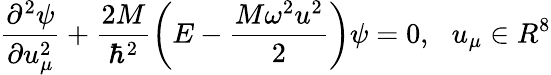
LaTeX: \frac{{\partial}^{2}\psi}{\partial u_{\mu}^{2}}+\frac{2M}{\hbar^{2}}\left(E-\frac{M\omega^{2}u^{2}}{2}\right)\psi=0,\, \, \, \, u_{\mu}\in R^{8}